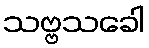
သဗ္ဗသခေါ